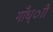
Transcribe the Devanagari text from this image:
गाँध्ाी